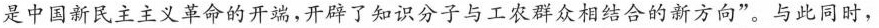
是中国新民主主义革命的开端，开辟了知识分子与工农群众相结合的新方向”。与此同时，